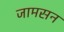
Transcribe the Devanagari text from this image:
जामसन